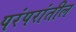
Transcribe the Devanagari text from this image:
परंपरांतील